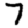
Digit: 7